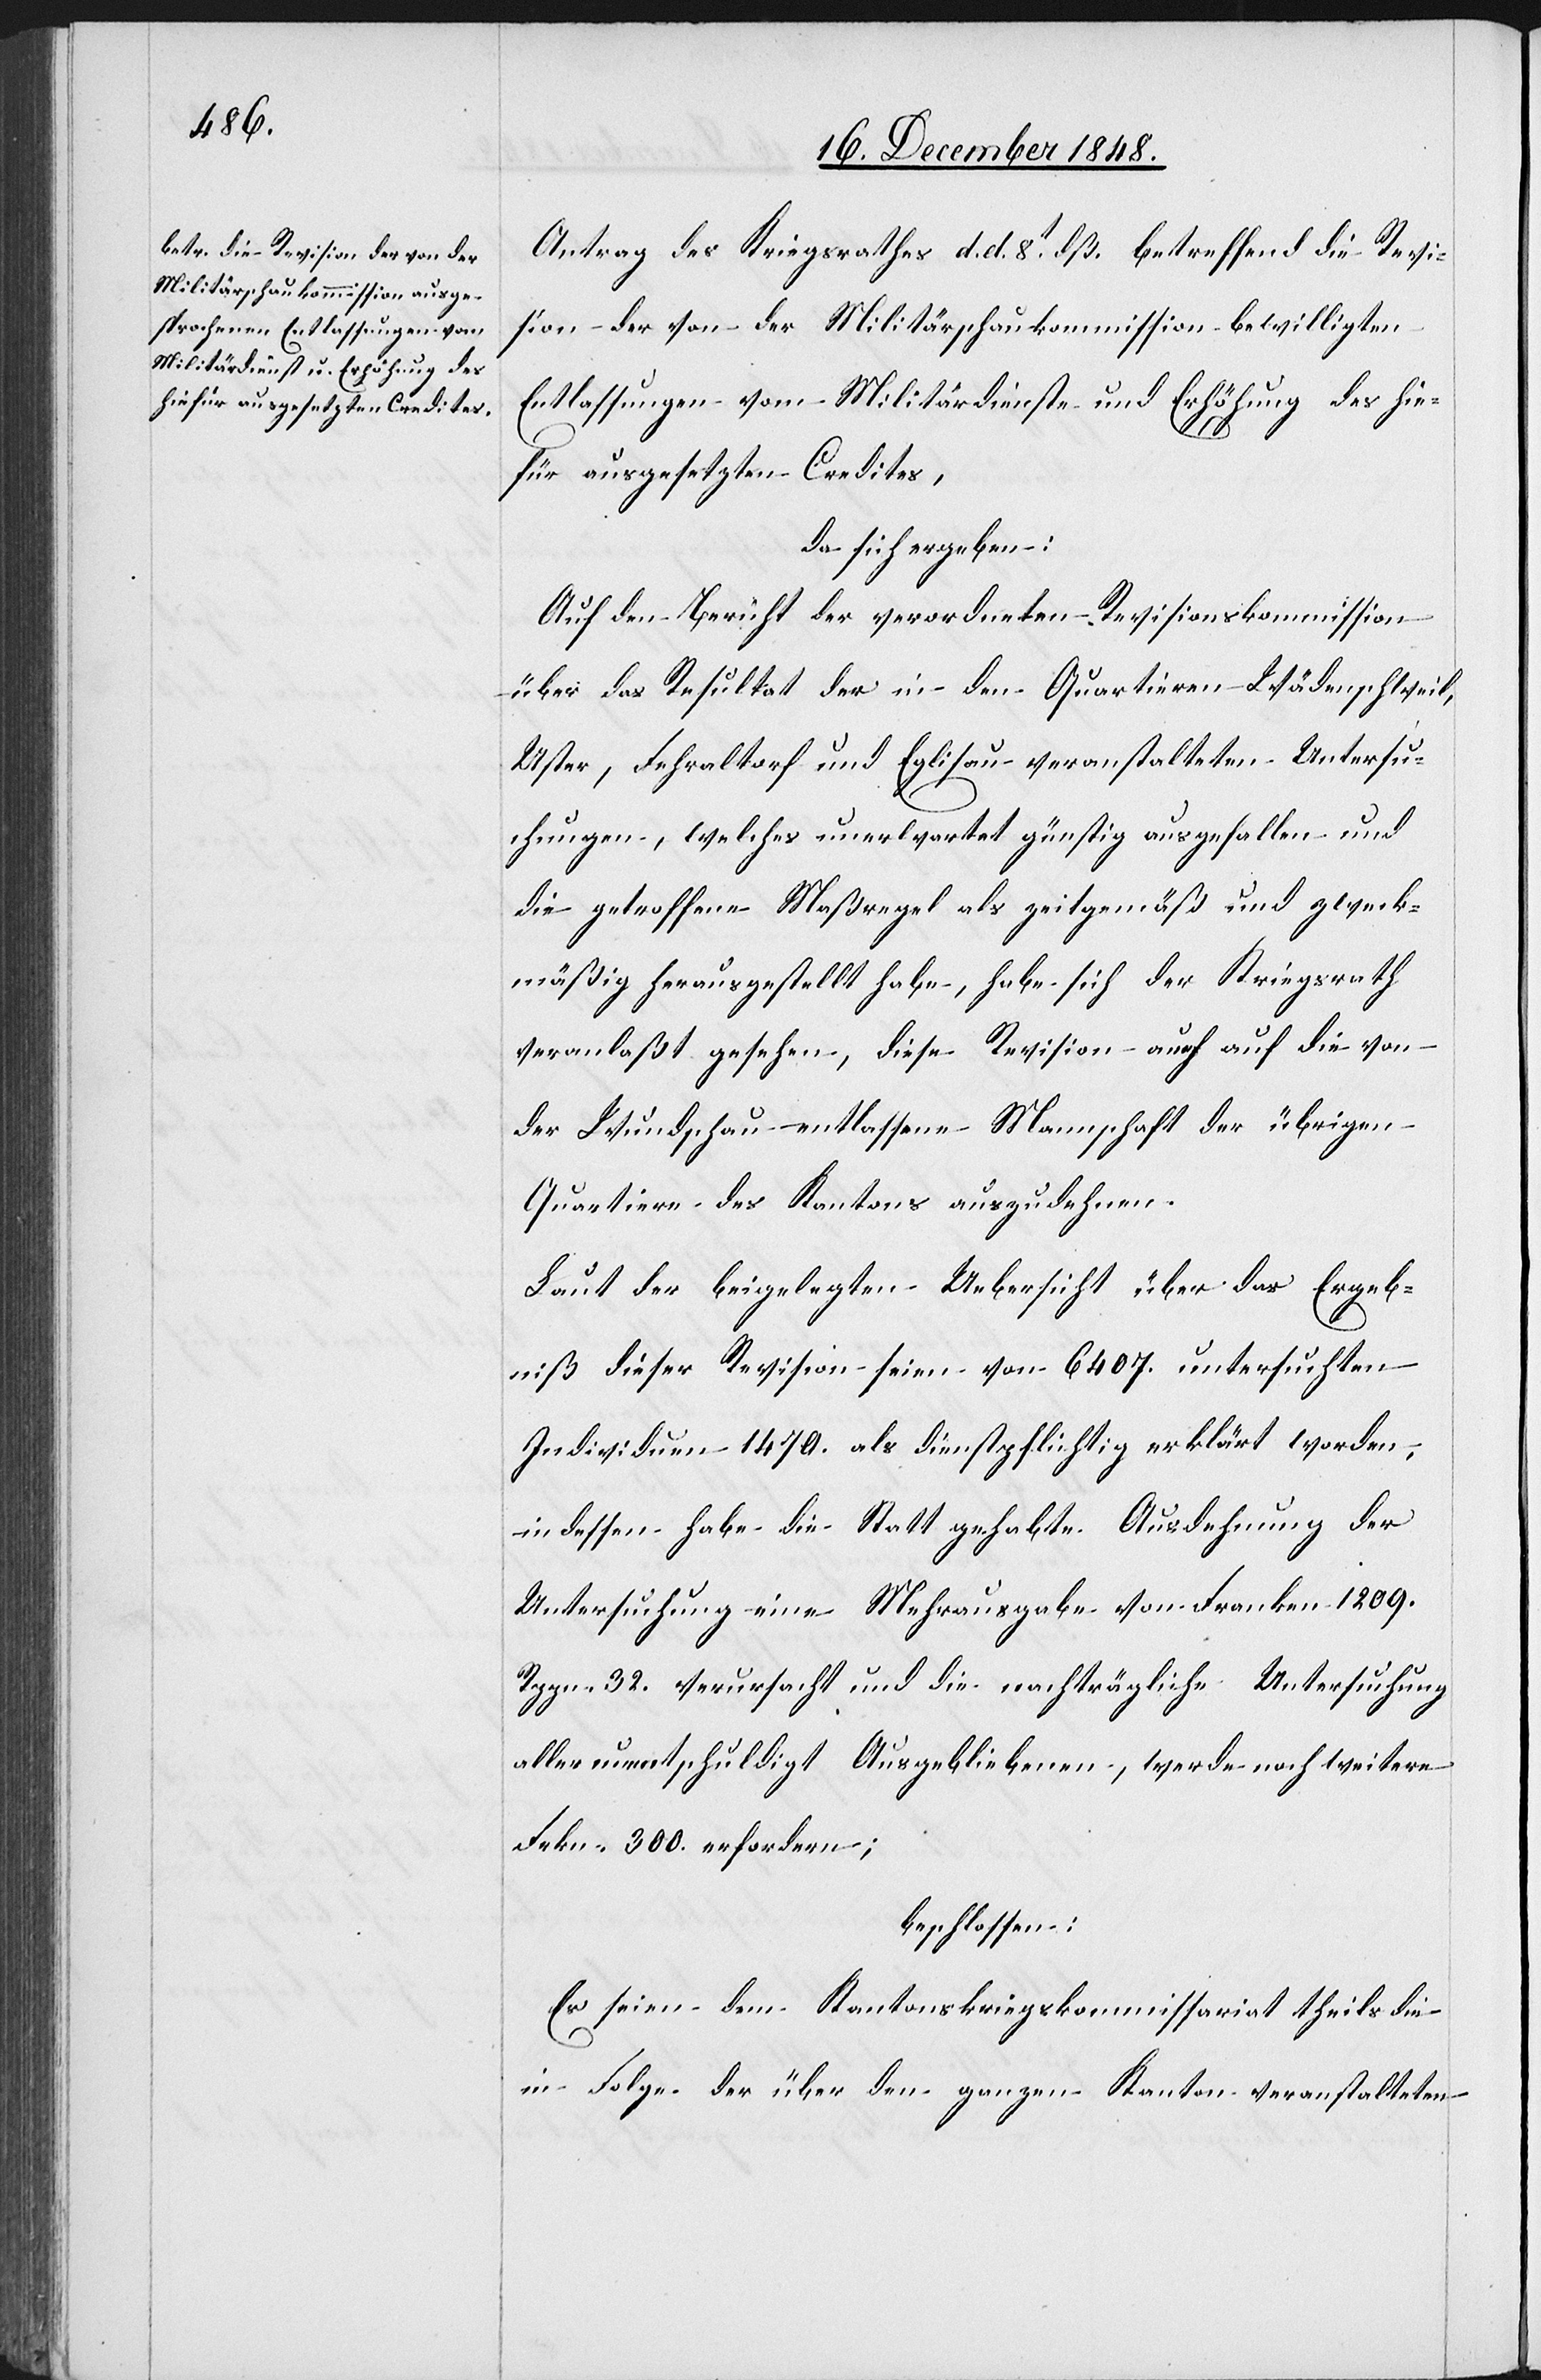
Antrag des Kriegsrathes d. d. 8t dß. betreffend die Revi¬
sion der von der Militärschaukommission bewilligten
Entlassungen vom Militärdienste und Erhöhung des hie¬
für ausgesetzten Credites,
da sich ergeben:
Auf den Bericht der verordneten Revisionskommission
über das Resultat der in den Quartieren Wädenschweil,
Uster, Fehraltorf und Eglisau veranstalteten Untersu¬
chungen, welches unerwartet günstig ausgefallen und
die getroffene Maßregel als zeitgemäß und zweck¬
mäßig herausgestellt habe, habe sich der Kriegsrath
veranlaßt gesehen, diese Revision auch auf die von
der Wundschau entlassene Mannschaft der übrigen
Quartiere des Kantons auszudehnen.
Laut der beigelegten Uebersicht über das Ergeb¬
niß dieser Revision seien von 6407. untersuchten
Individuen 1470. als dienstpflichtig erklärt worden,
indessen habe die Statt gehabte Ausdehnung der
Untersuchung eine Mehrausgabe von Franken 1209.
Rppn. 32. verursacht und die nachträgliche Untersuchung
aller unentschuldigt Ausgebliebenen, werde noch weitere
Frkn. 300. erfordern;
beschlossen:
Es seien dem Kantonskriegskommissariat theils die
in Folge der über den ganzen Kanton veranstalteten